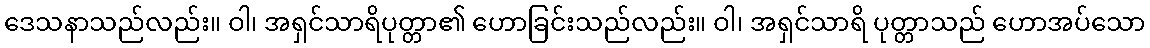
ဒေသနာသည်လည်း။ ဝါ၊ အရှင်သာရိပုတ္တာ၏ ဟောခြင်းသည်လည်း။ ဝါ၊ အရှင်သာရိ ပုတ္တာသည် ဟောအပ်သော